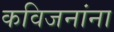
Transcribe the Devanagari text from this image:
कविजनांना